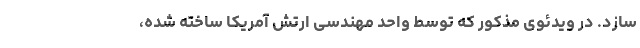
سازد. در ویدئوی مذکور که توسط واحد مهندسی ارتش آمریکا ساخته شده،